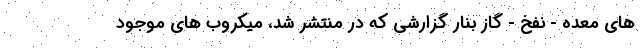
های معده - نفخ - گاز بنار گزارشی که در منتشر شد، میکروب های موجود